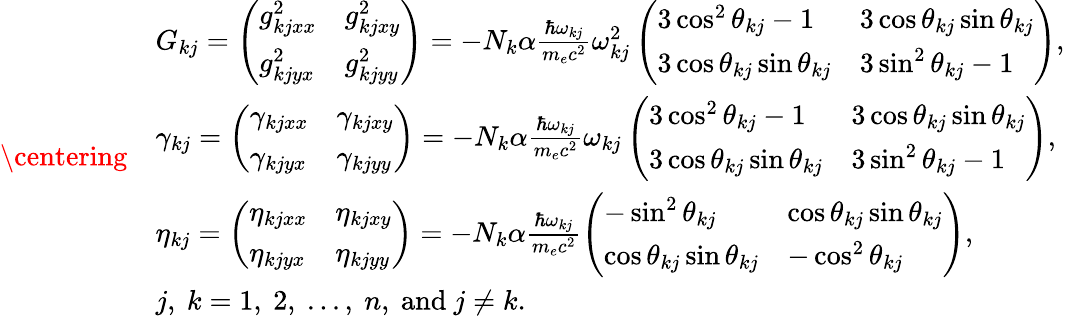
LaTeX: \centering\begin{array}{rl}&{G_{kj}=\left(\begin{array}{ll}{g_{kjxx}^{2}}&{g_{kjxy}^{2}}\\ {g_{kjyx}^{2}}&{g_{kjyy}^{2}}\end{array}\right)=-N_{k}\alpha\frac{\hbar\omega_{kj}}{m_{e}c^{2}}\omega_{kj}^{2}\left(\begin{array}{ll}{3\cos^{2}\theta_{kj}-1}&{3\cos\theta_{kj}\sin\theta_{kj}}\\ {3\cos\theta_{kj}\sin\theta_{kj}}&{3\sin^{2}\theta_{kj}-1}\end{array}\right),}\\ &{\gamma_{kj}=\left(\begin{array}{ll}{\gamma_{kjxx}}&{\gamma_{kjxy}}\\ {\gamma_{kjyx}}&{\gamma_{kjyy}}\end{array}\right)=-N_{k}\alpha\frac{\hbar\omega_{kj}}{m_{e}c^{2}}\omega_{kj}\left(\begin{array}{ll}{3\cos^{2}\theta_{kj}-1}&{3\cos\theta_{kj}\sin\theta_{kj}}\\ {3\cos\theta_{kj}\sin\theta_{kj}}&{3\sin^{2}\theta_{kj}-1}\end{array}\right),}\\ &{\eta_{kj}=\left(\begin{array}{ll}{\eta_{kjxx}}&{\eta_{kjxy}}\\ {\eta_{kjyx}}&{\eta_{kjyy}}\end{array}\right)=-N_{k}\alpha\frac{\hbar\omega_{kj}}{m_{e}c^{2}}\left(\begin{array}{ll}{-\sin^{2}\theta_{kj}}&{\cos\theta_{kj}\sin\theta_{kj}}\\ {\cos\theta_{kj}\sin\theta_{kj}}&{-\cos^{2}\theta_{kj}}\end{array}\right),}\\ &{j,~k=1,~2,~...,~n,~\mathrm{and}~j\neq k.}\end{array}